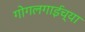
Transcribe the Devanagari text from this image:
गोगलगाईच्या